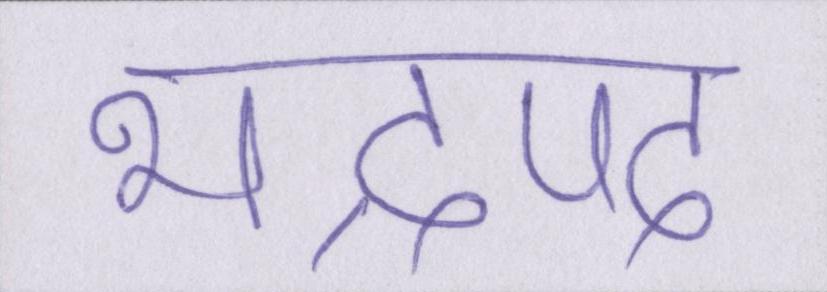
भाद्रपद